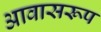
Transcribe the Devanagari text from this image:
आवासरूप